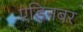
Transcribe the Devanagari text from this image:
एडिनबर